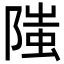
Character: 䧝